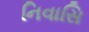
નિવાસિ